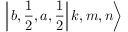
\left| \left. b , \frac { 1 } { 2 } , a , \frac { 1 } { 2 } \right| k , m , n \right\rangle